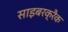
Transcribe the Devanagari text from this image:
साइबरक्रैक